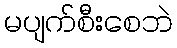
မပျက်စီးစေဘဲ